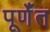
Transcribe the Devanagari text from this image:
पूर्णँत